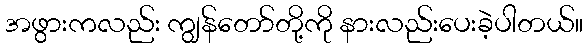
အဖွားကလည်း ကျွန်တော်တို့ကို နားလည်းပေးခဲ့ပါတယ်။